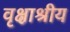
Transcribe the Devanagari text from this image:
वृक्षाश्रीय